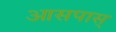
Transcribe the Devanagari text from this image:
आसपास्